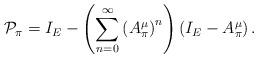
LaTeX: \begin{align*}\mathcal{P}_\pi = I_E- \left(\sum_{n=0}^{\infty} \left(A_{\pi }^{\mu }\right)^n \right) \left(I_E-A_\pi^\mu\right).\end{align*}